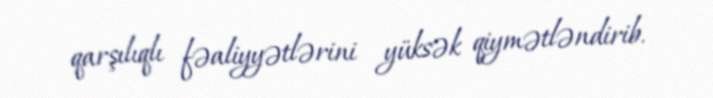
qarşılıqlı fəaliyyətlərini yüksək qiymətləndirib.